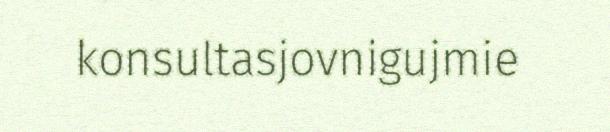
konsultasjovnigujmie